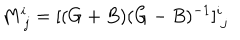
LaTeX: M _ { \ j } ^ { i } = [ ( G + B ) ( G - B ) ^ { - 1 } ] _ { \ j } ^ { i }